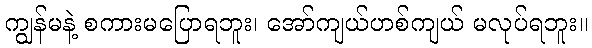
ကျွန်မနဲ့ စကားမပြောရဘူး၊ အော်ကျယ်ဟစ်ကျယ် မလုပ်ရဘူး။